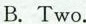
B. Two.